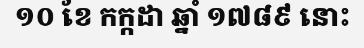
១០ ខែ កក្កដា ឆ្នាំ ១៧៨៩ នោះ